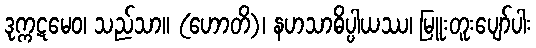
ဒုက္ကဋမေဝ၊ သည်သာ။ (ဟောတိ)၊ နဟသာဓိပ္ပါယဿ၊ မြူးတူးပျော်ပါး